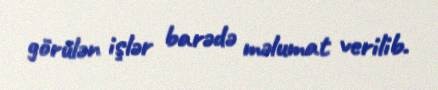
görülən işlər barədə məlumat verilib.